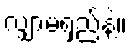
လျှာမရှည်နဲ့။